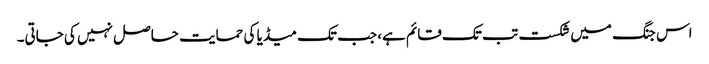
اس جنگ میں شکست تب تک قائم ہے، جب تک میڈیا کی حمایت حاصل نہیں کی جاتی۔